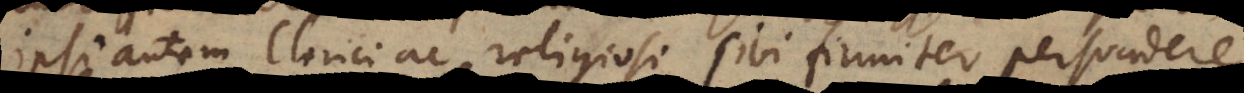
Ipsi autem Clerici ac religiosi sibi firmiter persuadere